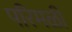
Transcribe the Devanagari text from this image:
परिमळी